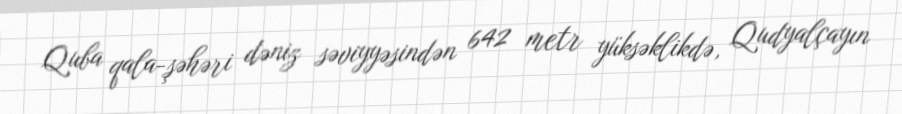
Quba qala-şəhəri dəniz səviyyəsindən 642 metr yüksəklikdə, Qudyalçayın